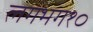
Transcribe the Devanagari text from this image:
लगभग१०